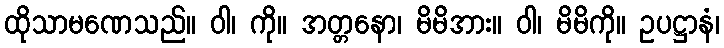
ထိုသာမဏေသည်။ ဝါ၊ ကို။ အတ္တနော၊ မိမိအား။ ဝါ၊ မိမိကို။ ဥပဋ္ဌာနံ၊